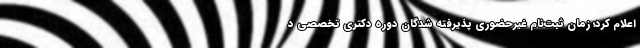
اعلام کرد؛ زمان ثبت‌نام غیرحضوری پذیرفته شدگان دوره دکتری تخصصی د